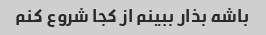
باشه بذار ببینم از کجا شروع کنم